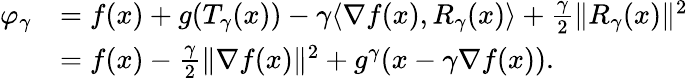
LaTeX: \begin{array}{rl}{\varphi_{\gamma}}&{=f(x)+g(T_{\gamma}(x))-\gamma\langle\nabla f(x),R_{\gamma}(x)\rangle+\frac{\gamma}{2}\| R_{\gamma}(x)\| ^{2}}\\ &{=f(x)-\frac{\gamma}{2}\| \nabla f(x)\| ^{2}+g^{\gamma}(x-\gamma\nabla f(x)).}\end{array}